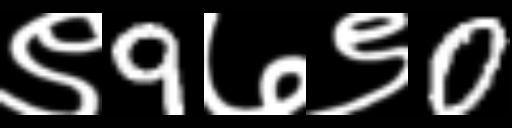
Text: ९9७९0